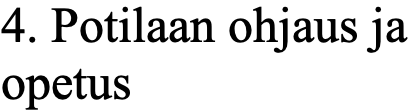
4. Potilaan ohjaus ja opetus